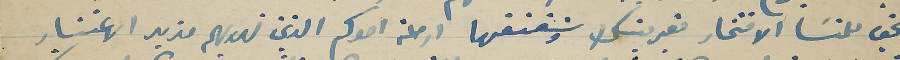
يحق للنسَا الافتخار بقرينك وشقنقها ارملة اخوكم الذين نهديهم مزيد الاعتبار